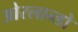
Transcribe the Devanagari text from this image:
ओरलान्डो